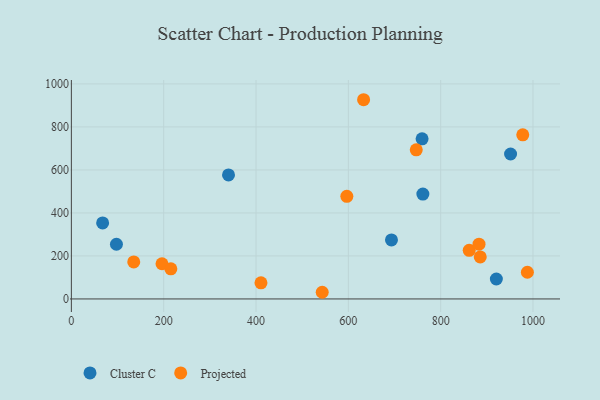
{"axis": {"x": "Ad Spend", "y": "Exam Score"}, "legend": ["Cluster C", "Projected"], "data": [{"x": "340.4", "y": 576.8, "type": "Cluster C"}, {"x": "951.4", "y": 674.0, "type": "Cluster C"}, {"x": "920.6", "y": 92.8, "type": "Cluster C"}, {"x": "693.4", "y": 274.6, "type": "Cluster C"}, {"x": "761.4", "y": 487.8, "type": "Cluster C"}, {"x": "97.6", "y": 254.4, "type": "Cluster C"}, {"x": "759.7", "y": 744.5, "type": "Cluster C"}, {"x": "67.7", "y": 353.3, "type": "Cluster C"}, {"x": "885.7", "y": 195.6, "type": "Projected"}, {"x": "747.1", "y": 693.5, "type": "Projected"}, {"x": "196.3", "y": 163.7, "type": "Projected"}, {"x": "861.8", "y": 226.2, "type": "Projected"}, {"x": "633.0", "y": 926.5, "type": "Projected"}, {"x": "977.8", "y": 763.1, "type": "Projected"}, {"x": "596.7", "y": 477.2, "type": "Projected"}, {"x": "883.0", "y": 254.5, "type": "Projected"}, {"x": "987.8", "y": 124.1, "type": "Projected"}, {"x": "135.1", "y": 172.0, "type": "Projected"}, {"x": "410.7", "y": 75.0, "type": "Projected"}, {"x": "215.5", "y": 140.1, "type": "Projected"}, {"x": "543.4", "y": 31.0, "type": "Projected"}]}